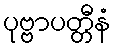
ပုဗ္ဗာပတ္တီနံ